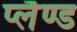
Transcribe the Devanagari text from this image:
प्लैण्ड